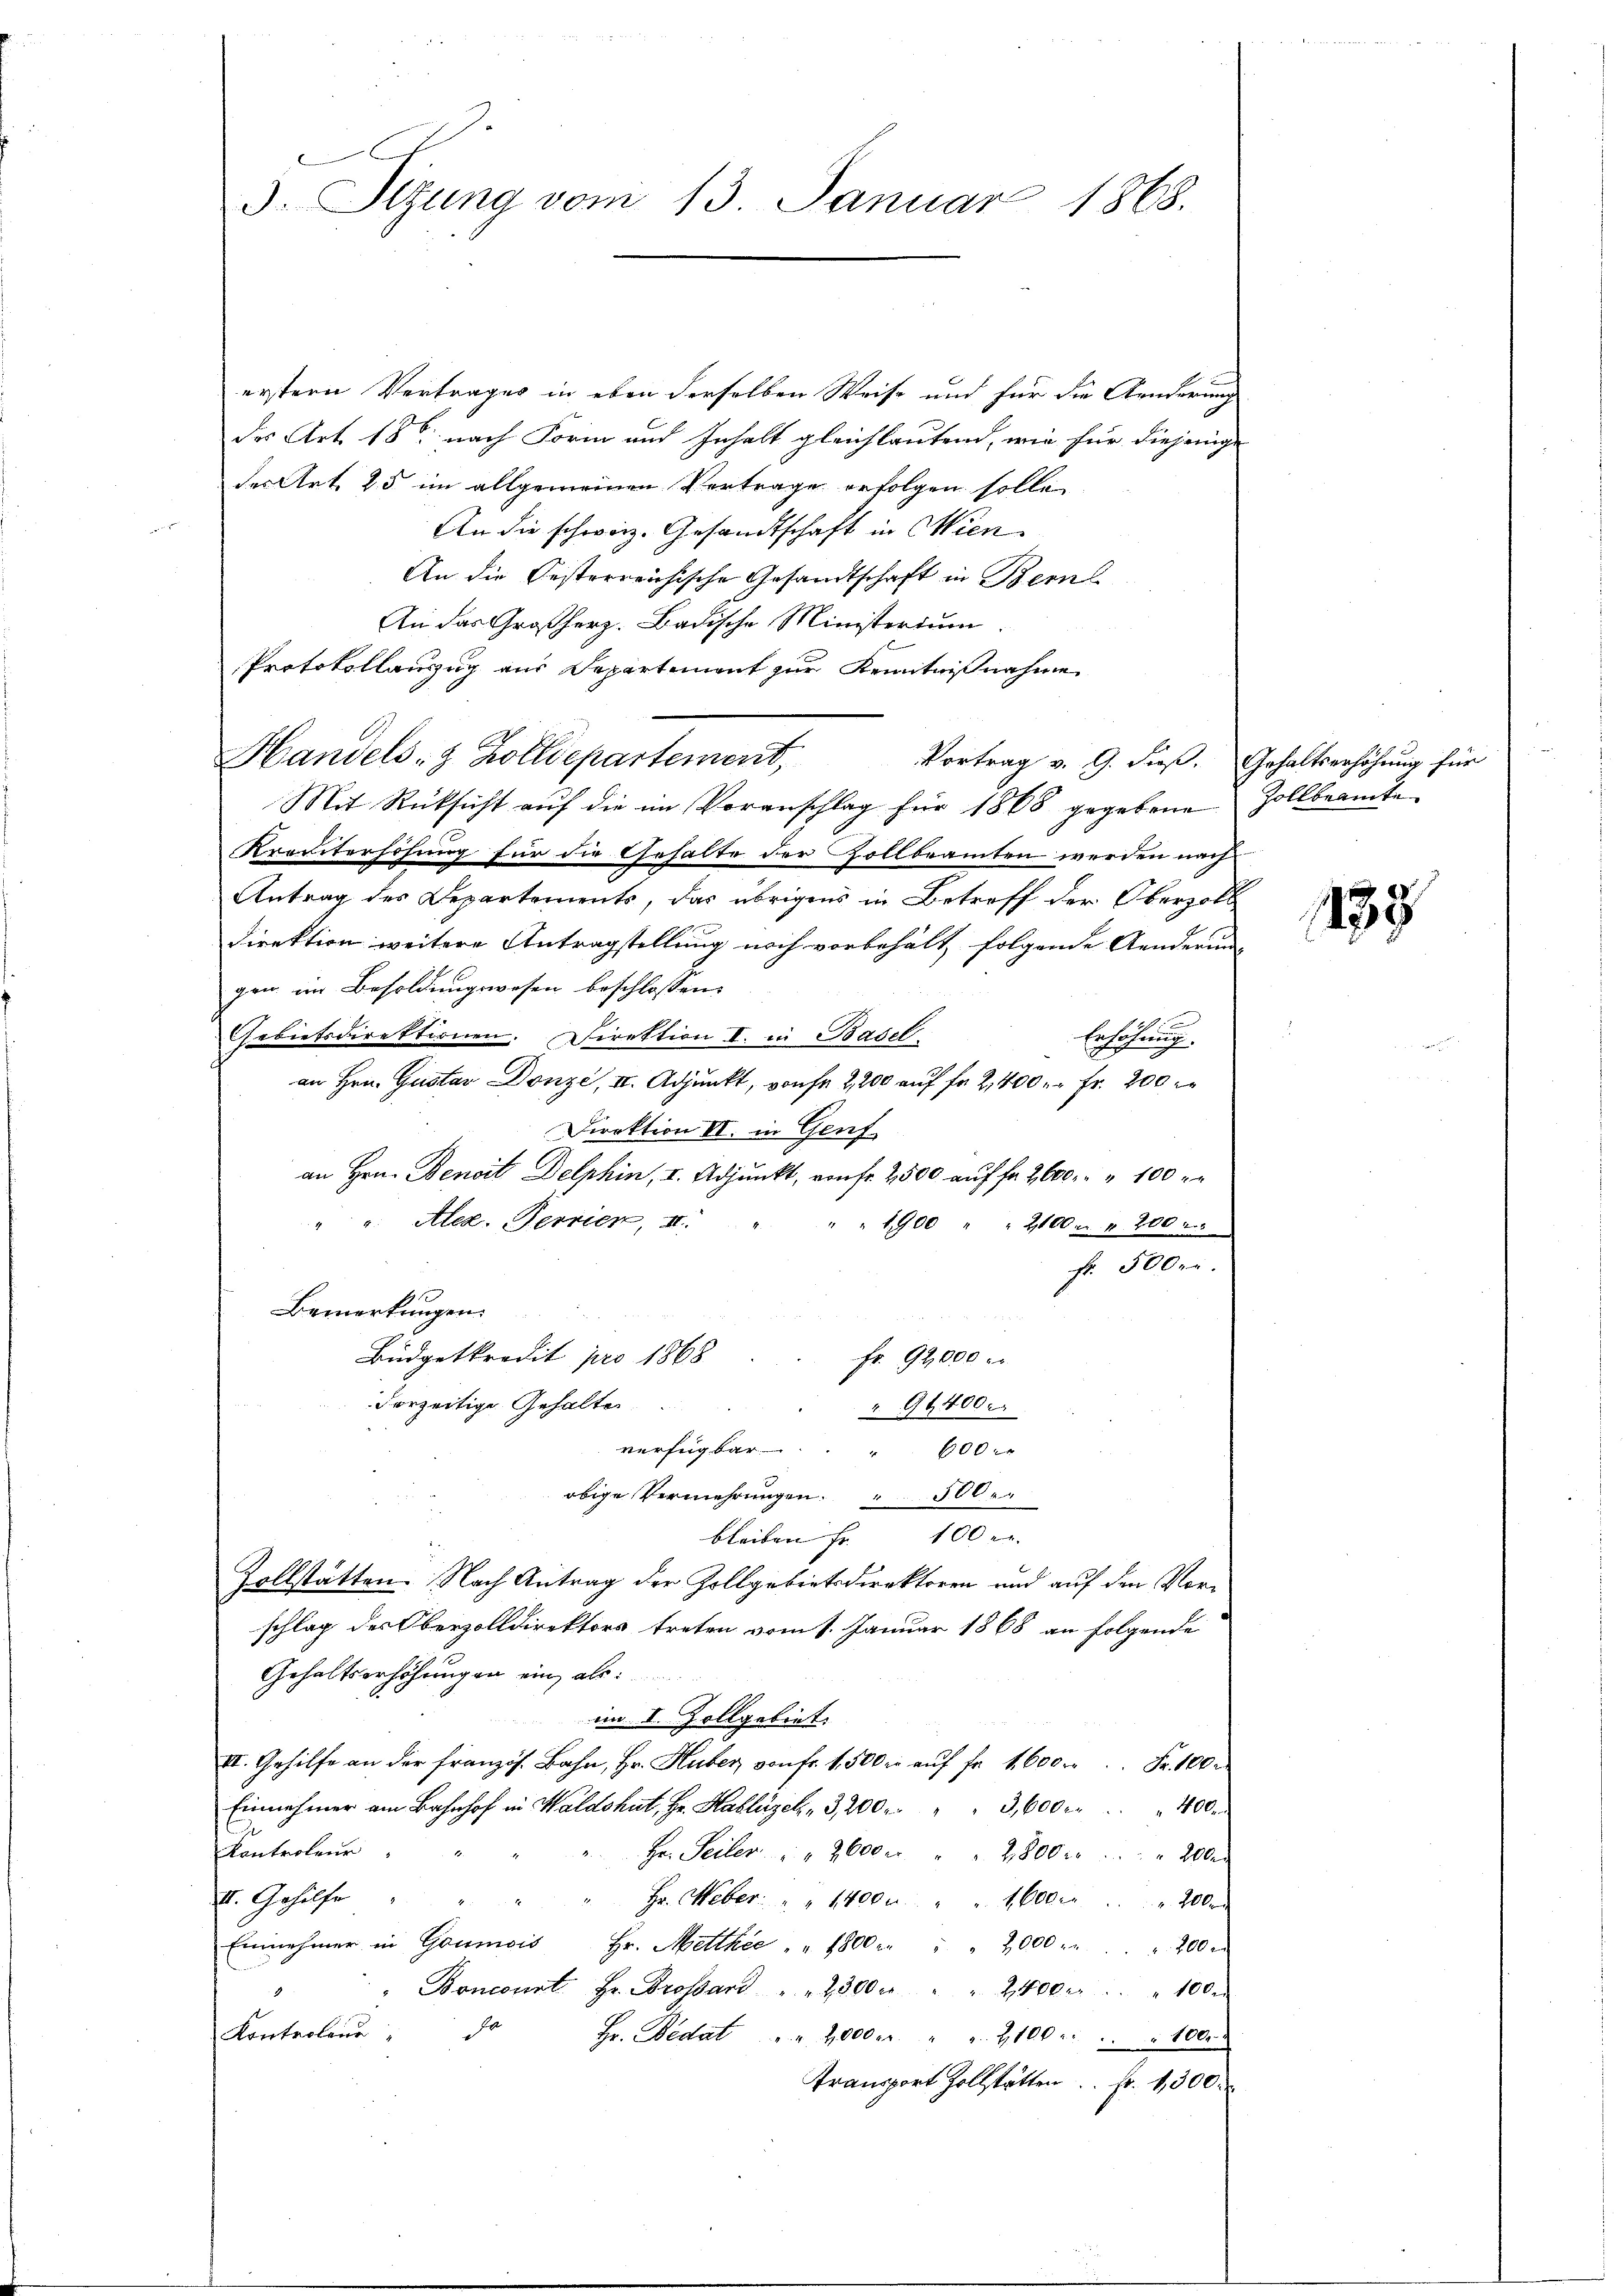
3. Sizung vom 13. Januar 1868.

erstern Vertrages in eben derselben Weise und für die Aenderung
des Art. 186 nach Form und Inhalt gleichlautend, wie für diejenig
des Art. 25 im allgemeinen Vertrage erfolgen solle,
e
An die schweiz. Gesandtschaft in Wien
An die Festerreichische Gesandtschaft in Berns
An das Großherz. Badische Ministerium
Protokollauszug aus Departement zur Kenntnißnahme
Handels- & Zolldepartement,
Vortrag v. 9. dieß. Gehaltserhöhung für
Mit Rücksicht auf die im Voranschlag für 1868 gegebene Zollbeamte
Krauterhöhung für die Gehalte der Gollbeamten werden nach
Antrag des Departements, das übrigens in Betreff der Oberzoll
Direktion weitere Antragstellung noch vorbehält folgende Aenderung
gen im Besoldungswesen beschlossen:
u
Gebietsdirektionen. Direktion I. in Basel.
Erhöhung.
an Hrn. Gustav Donze, II. Adjunkt, von fr 2,200 auf fr. 2,400 Fr. 200
Direktion II. in Genf
an Hrn. Benoit Delphin, I. Adjunkt, von fr. 2500 auf fr. 2600 " " 100
" u. Alex. Terrier, II.
1900
 2100 r. 200 f
fr. 500fr.
Bemerkungen.
Büdgetkredit pro 1868.  Fr. 92000 l.
vorzeitige Gehalten.
" 94400.
verfügbar. " 600 r
obige Vermehrungen. " 300
bleiben Fr. 100 r.
Zollstatten. Nach Antrag der Zollgebietsdirektoren und auf den Vorschlag des Oberzolldirektors treten vom 1. Januar 1868 an folgende
Gehaltserhöhungen ein, als:
im I. Zollgebiet.
II. Gehilfe an der französ. Bahn, Hr. Huber, von fr. 1500 r. auf fr. 1600      Fr. 100 r
Einnehmer am Bahnhof in Waldshut, Hr. Hablügel " 3,200 r " " 3,600 fr 400.
Kontroleur
Hr. Seiter " " 2600    "   "  2800             "  200
II. Gehülfe
Hr. Weber: " " 14000 " " 1600                 "  200
Einnehmer in Goumois Hr. Metthée " " 1800 " " " 2000 " " 200 r
"Boncourt Hr. Grossard " " 2300 r " " 2400 " " " 100.
Kontrolina,
o Hr. Bedat . . 2000er " " 2100 r. " " 100.
Transport Zollstätten. Fr. 1300.

133